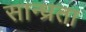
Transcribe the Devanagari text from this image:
सान्ध्रता